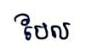
បែល